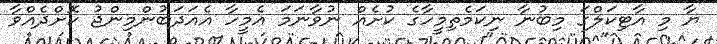
ޔާ މި އާޓިކަލްގަ މިބުނާ ނިކަމެތިމީހާގެ ކުށެއް ނުވާނަމަ އެމީހާ އެއަދަބުންމިންޖު ކޮށްދެއްވާ